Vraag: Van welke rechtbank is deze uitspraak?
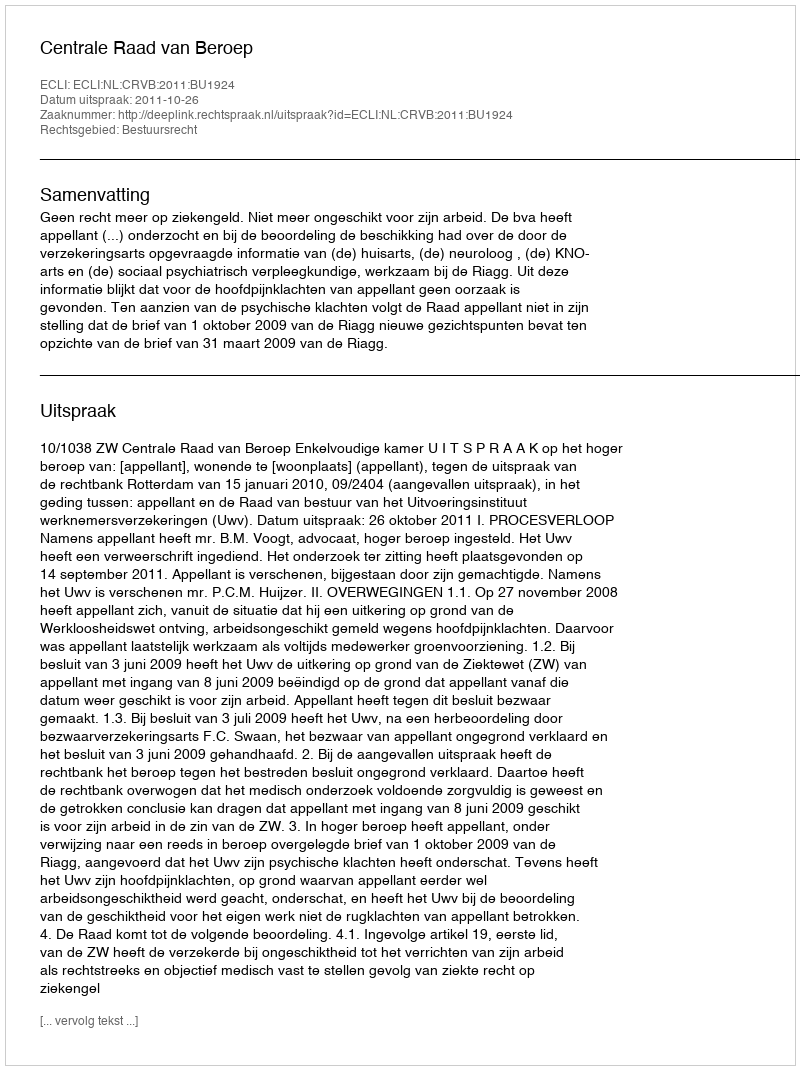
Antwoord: Centrale Raad van Beroep